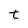
Character: t